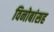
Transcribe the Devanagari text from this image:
विनोबांसह